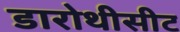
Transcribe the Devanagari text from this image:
डारोथीसीट